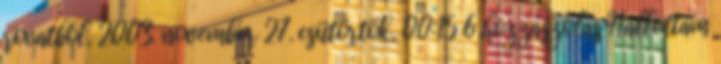
rovatból, 2003. november 27. csütörtök, 00:15 6 hozzászólás Hallottam